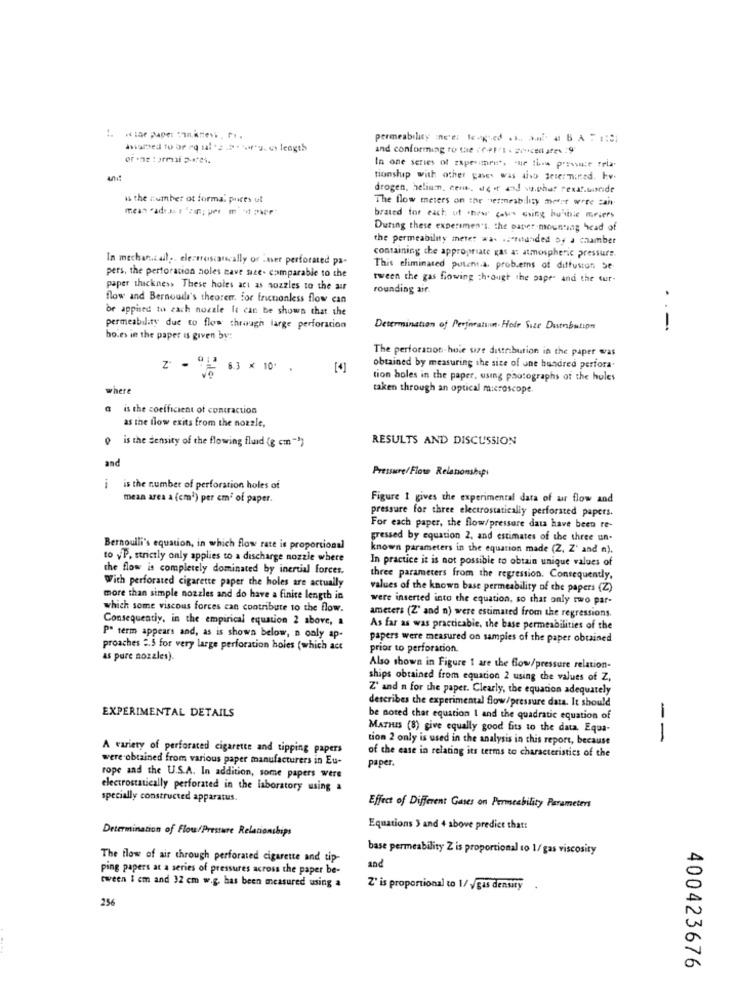
permeability meet longued .h ., auf- a BA = =: Si
hurted to or ro sales .2 ... es length
and conforming to the : (+1/1 - priced ife9
In one series of experimret, "ur Ihre pressure "ria.
tionship with other gases was aho Jetermined. hv.
drogen, helium, cem, de it and sua.phat rexat.tamride
is the cumber ot forma. pures ut
The flow meters on the permeability metet were can
brated for each of new cabe aoing bubble wevers
During these experimen's. the paper mounting head of
the permeability meter was .zetetunded ay a chamber
containing the appropriate Kas at atmospheric pressure.
In mechan.cail ,. electroscarscally or mer perforated pa-
pers, the perforation holes nave sace- comparable to the
This eliminated putent.a. problems of diffusion Se
tween the gas flowing through the paper and the tur-
paper thickness These holes act as nozzles to the air
rounding air.
flow and Bernoulli's theorem. for frictionless flow can
br appised to each nozzle It can be shown that the
permeability due to flow through large perforation
Determination of Perforation. Hole Sure Dustnbution
bo.es in the paper is given by:
The perforanon hoie ure distribution in the paper was
2 - 63 × 10'.
[4]
obtained by measuring the size of one hundred perfora.
tion holes in the paper, using pautographs of the holes
where
taken through an optical microscope.
a is the coefficient of comtraction
as the flow exits from the nozzle,
is the density of the flowing fluid (g cm ">
RESULTS AND DISCUSSION
and
Pressure/Flow Relanonshipi
i
is the number of perforation holes of
mean area a (cm') per cm' of paper.
Figure I gives the experimental data of ar flow and
pressure for three electrostatically perforated papers.
For each paper, the flow/pressure data have been re-
pressed by equation 2, and estimates of the three un-
Bernoulli's equation, in which flow rate is proportional
known parameters in the equation made (2, Z' and a).
to yP. strictly only applies to a discharge nozzle where
In practice it is not possible to obtain unique values of
the flow is completely dominated by incrual forces.
With perforated cigarette paper the holes are actually
three parameters from the regression. Consequently.
values of the known base permeability of the papers (Z)
more than simple nozzles and do have a finite length in
were inserted into the equation, so that only two par-
which some viscous forces can contribute to the flow.
Consequently, in the empirical equation 2 above,
ameters (Z' and n) were estimated from the regressions.
As far as was practicable, the base permeabilities of the
PR term appears and, as is shown below, a only ap-
papers were measured on samples of the paper obtained
proaches 2.5 for very large perforation holes (which act
prior to perforation.
as pure nozzles).
Also shown in Figure 1 are the flow/pressure relation-
ships obtained from equation 2 using the values of Z,
Z' and n for the paper. Clearly, the equation adequately
describes the experimental flow/pressure data. It should
EXPERIMENTAL DETAILS
be noted that equation I and the quadratic equation of
MATHIS (8) give equally good fits to the data Equa-
tion 2 only is used in the analysis in this report, because
--
A variety of perforated cigarette and tipping papers
were obtained from various paper manufacturers in Eu-
of the ease in relating its terms to characteristics of the
paper.
rope and the U.S.A. In addition, some papers were
electrostatically perforated in the laboratory using a
specially constructed apparatus.
Effect of Different Gases on Permeability Parameters
Determination of Flou/Pressure Relationships
Equations 3 and 4 above predict that!
base permeability Z is proportional to 1/ gas viscosity
The flow of air through perforated cigarette and tip-
and
ping papers at a series of pressures across the paper be-
tween I em and 32 cm w.g. has been measured using a
Z' is proportional to 1/ /gas density
256
400423676